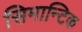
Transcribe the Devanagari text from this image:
सिमान्टिक